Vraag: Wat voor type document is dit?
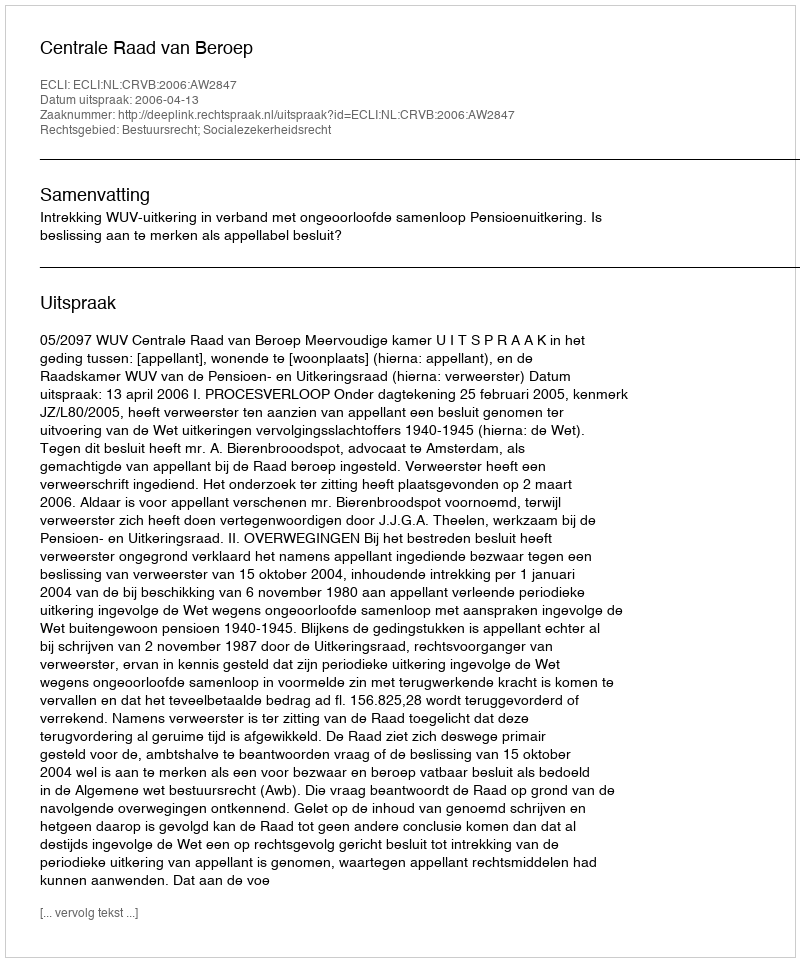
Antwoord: Uitspraak